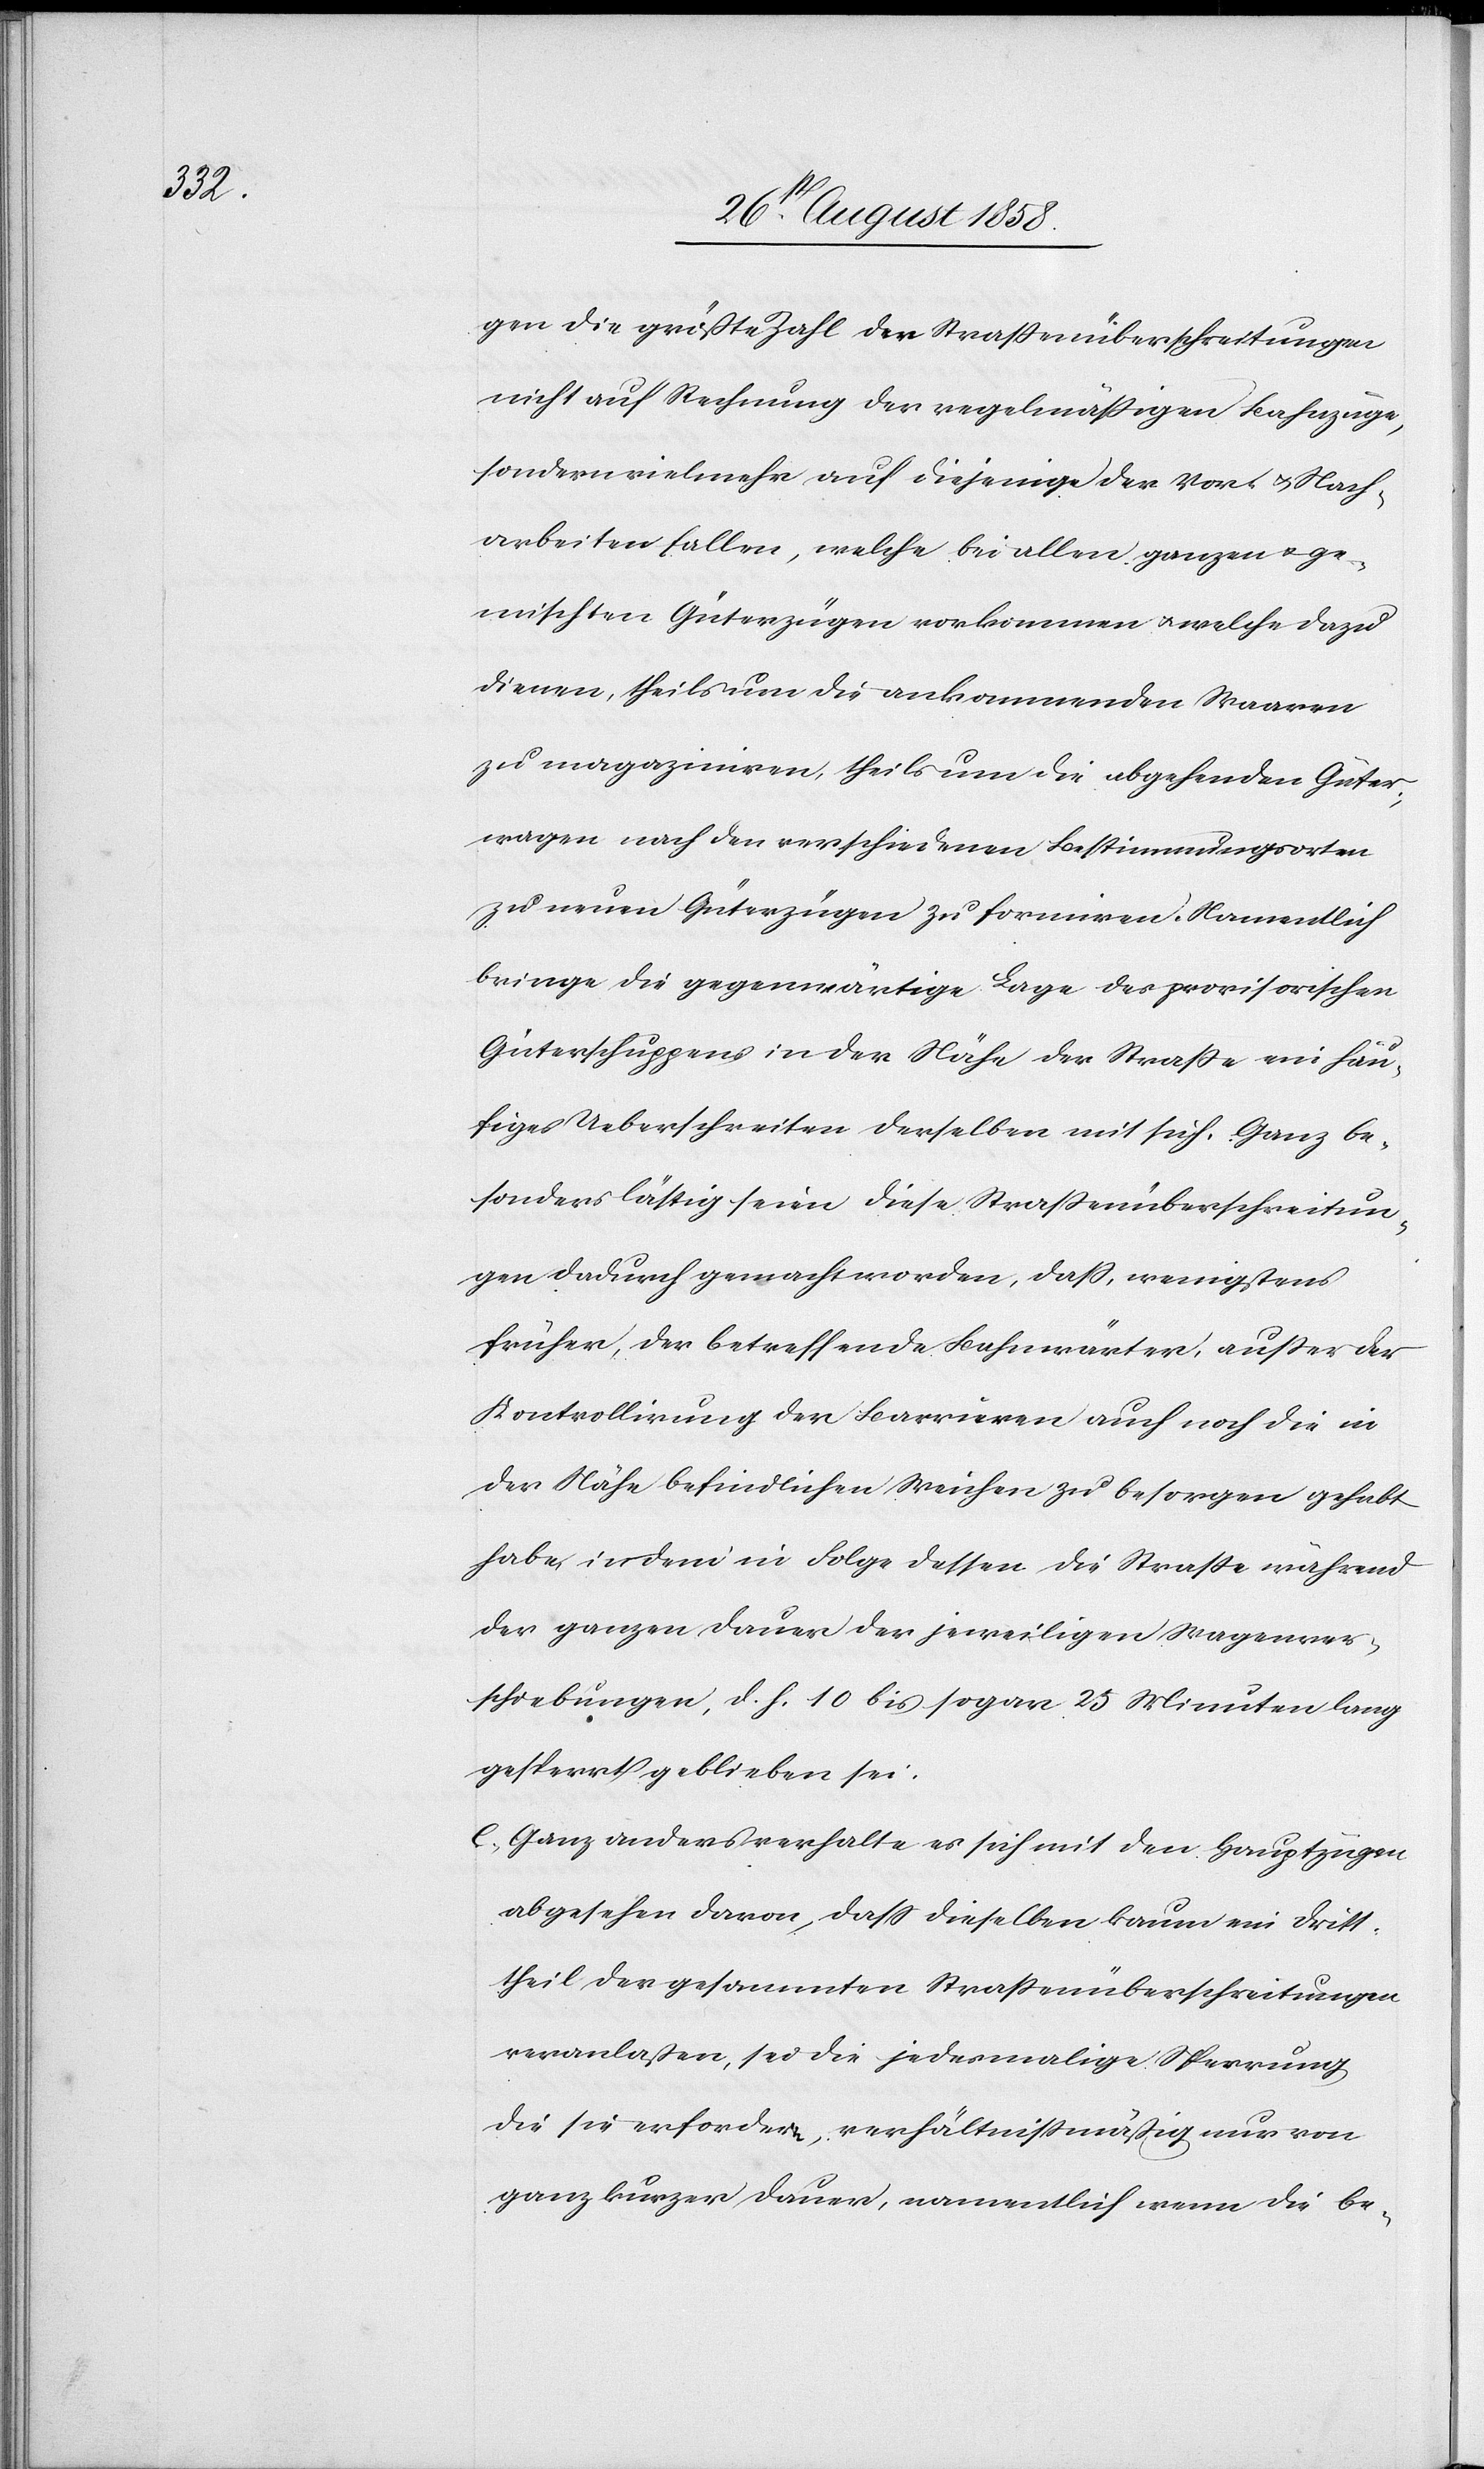
gen die größte Zahl der Strassenüberschreitungen
nicht auf Rechnung der regelmässigen Bahnzüge,
sondern vielmehr auf diejenige der Vor- & Nach¬
arbeiten fallen, welche bei allen ganzen & ge¬
mischten Güterzügen vorkommen & welche dazu
dienen, theils um die ankommenden Waaren
zu magaziniren, theils um die abgehenden Güter¬
wagen nach den verschiedenen Bestimmungsorten
zu neuen Güterzügen zu formiren. Namentlich
bringe die gegenwärtige Lage des provisorischen
Güterschuppens in der Nähe der Strasse ein häu¬
figes Ueberschreiten derselben mit sich. Ganz be¬
sonders lästig seien diese Strassenüberschreitun¬
gen dadurch gemacht worden, dass, wenigstens
früher, der betreffende Bahnwärter, ausser der
Kontrollirung der Barrieren auch noch die in
der Nähe befindlichen Weichen zu besorgen gehabt
habe, indem in Folge dessen die Strasse während
der ganzen Dauer der jeweiligen Wagenver¬
schiebungen, d. h. 10 bis sogar 25 Minuten lang
gesperrt geblieben sei.
e. Ganz anders verhalte es sich mit den Hauptzügen
abgesehen davon, dass dieselben kaum ein Dritt¬
theil der gesammten Strassenüberschreitungen
veranlaßen, sei die jedesmalige Sperrung
die sie erfordern, verhältnissmäßig nur von
ganz kurzer Dauer, namentlich wenn die be-